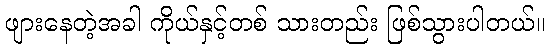
ဖျားနေတဲ့အခါ ကိုယ်နှင့်တစ် သားတည်း ဖြစ်သွားပါတယ်။